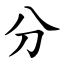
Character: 分